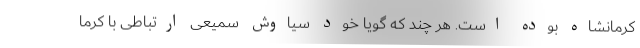
کرمانشاه بوده است. هر چند که گویا خود سیاوش سمیعی ارتباطی با کرما